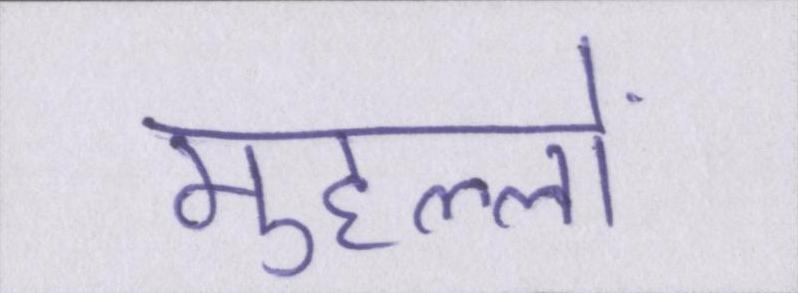
मुहल्लों